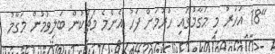
"18 އަހަރު މި މަގާމުގައި ހުރުމަށް ފަހު އެންމެ މެޗަކުން ބަލިވުމުން މަގާމު